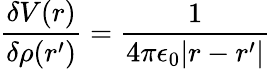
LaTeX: {\frac{\delta V(r)}{\delta\rho(r^{\prime})}}={\frac{1}{4\pi\epsilon_{0}|r-r^{\prime}|}}